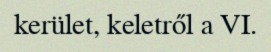
kerület, keletről a VI.